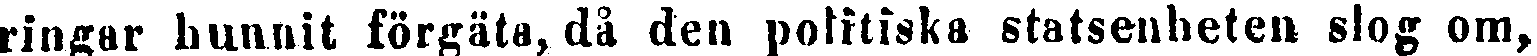
ringar hunnit förgäta, då den politiska statsenheten slog om,